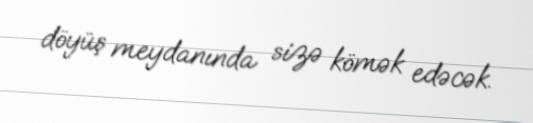
döyüş meydanında sizə kömək edəcək.